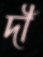
দী